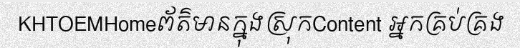
KHTOEMHomeព័ត៌មានក្នុងស្រុកContent អ្នកគ្រប់គ្រង